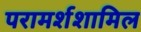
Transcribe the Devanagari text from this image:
परामर्शशामिल